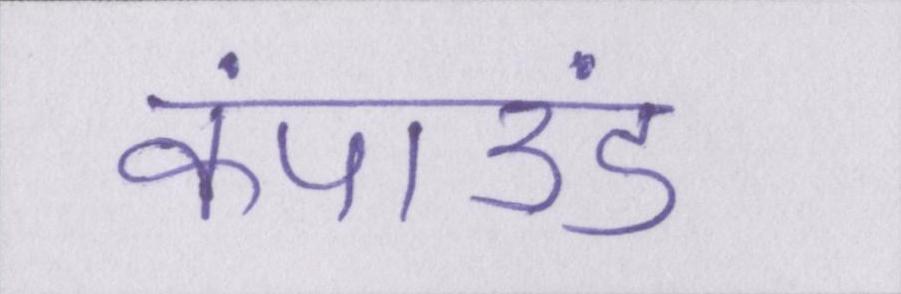
कंपाउंड